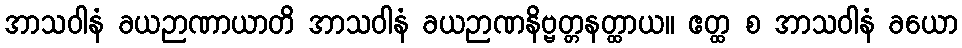
အာသဝါနံ ခယဉာဏာယာတိ အာသဝါနံ ခယဉာဏနိဗ္ဗတ္တနတ္ထာယ။ ဧတ္ထ စ အာသဝါနံ ခယော